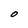
Character: O